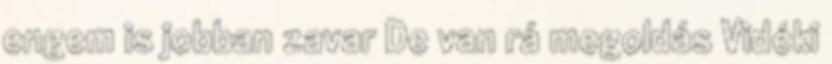
engem is jobban zavar De van rá megoldás Vidéki